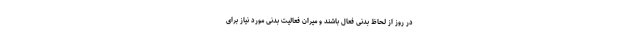
در روز از لحاظ بدنی فعال باشند و میران فعالیت بدنی مورد نیاز برای